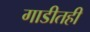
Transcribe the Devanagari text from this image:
गाडीतही